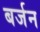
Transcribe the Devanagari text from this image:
बर्जन